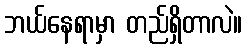
ဘယ်နေရာမှာ တည်ရှိတာလဲ။